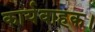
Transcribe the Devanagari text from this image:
कार्यवाहक।